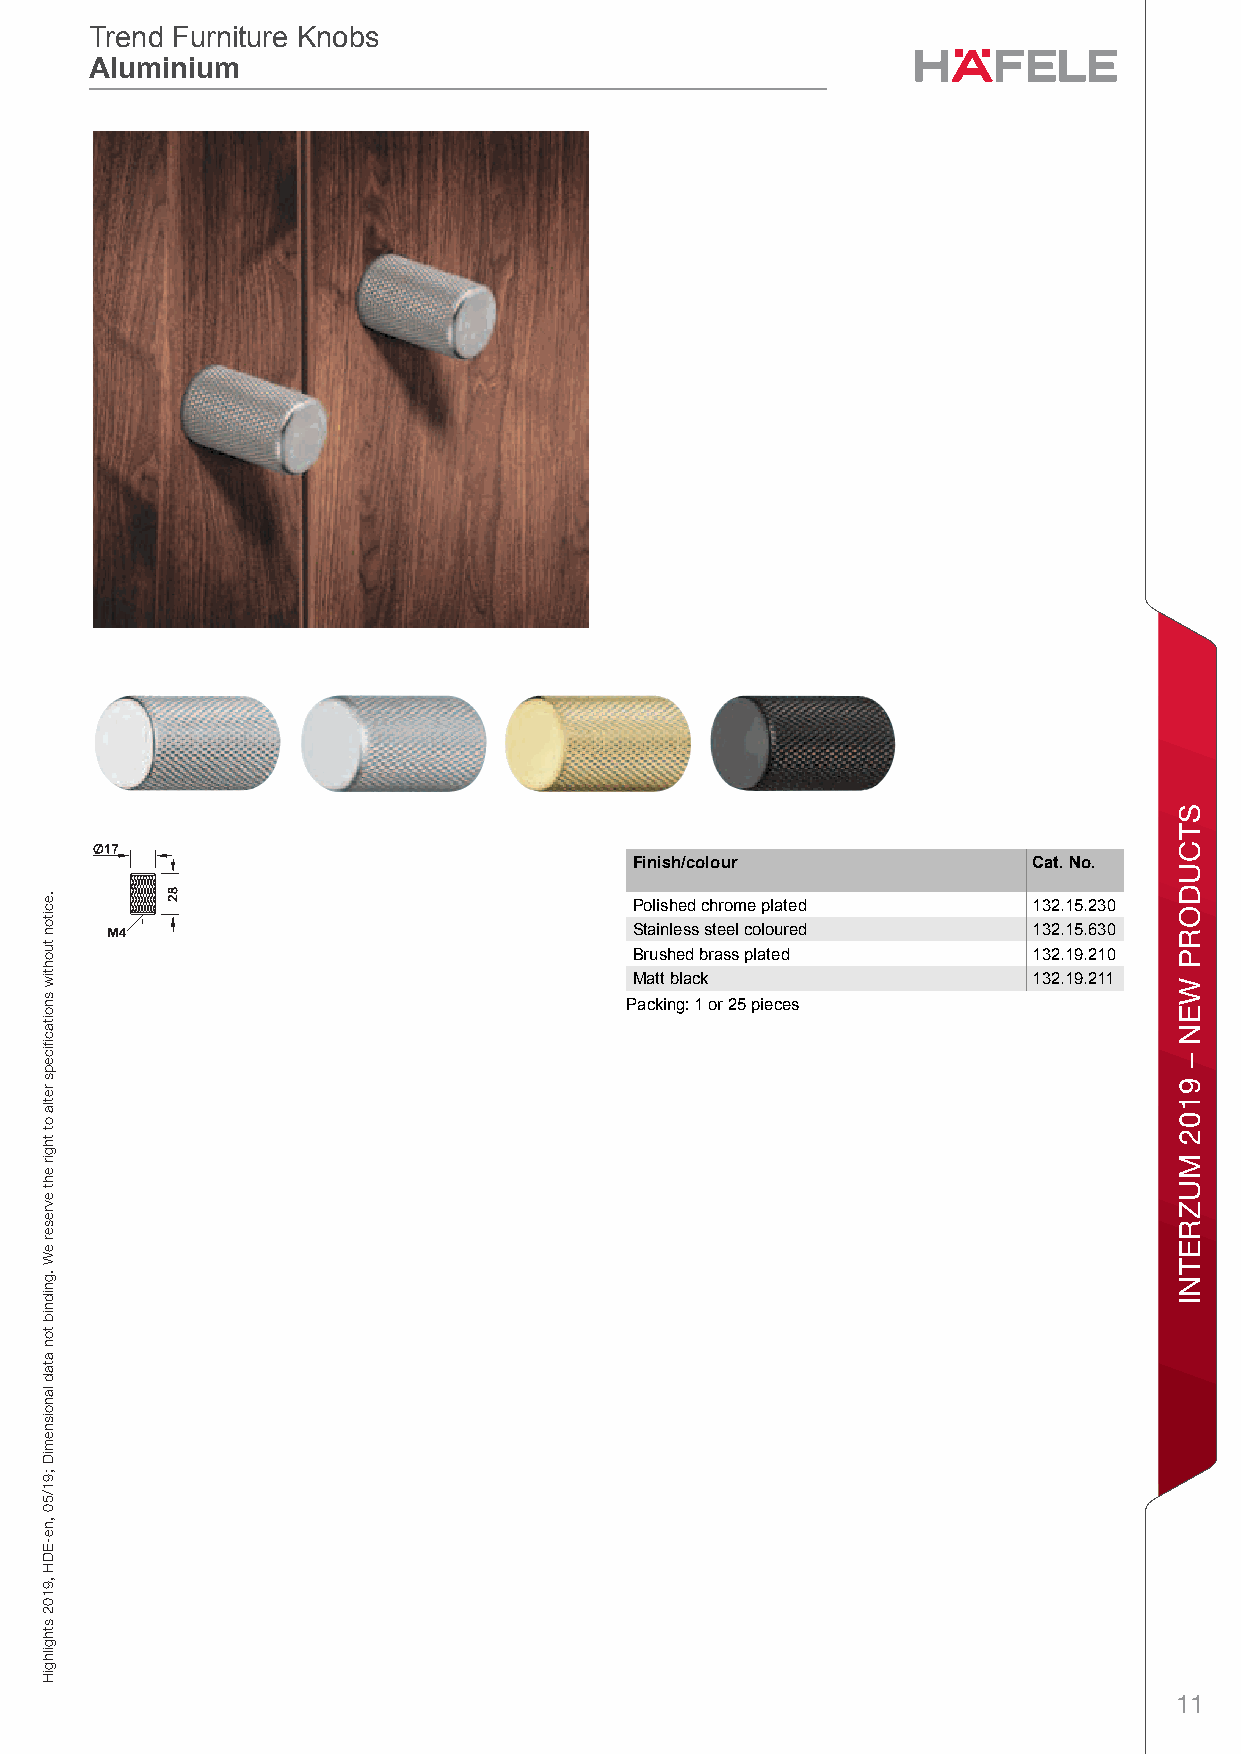
Trend Furniture Knobs
 Trend Furniture Knobs
 Aluminium
 Aluminium
 Trend Furniture Knobs Trend Furniture Knobs Aluminium – / Planning and ConstructionDimensional data not binding. We reserve the right to alter specifications without notice.
 1
 Finish/colour             Cat. No.
 Polished chrome plated    132.15.230
 Stainless steel coloured  132.15.630
 Brushed brass plated      132.19.210
 Matt black                132.19.211
 Packing: 1 or 25 pieces
 11
 .eciton
 tuohtiw
 snoitacfiiceps
 retla
 ot
 thgir
 eht
 evreser
 eW
 .gnidnib
 ton
 atad
 lanoisnemiD
 ;91/50
 ,ne-EDH
 ,9102
 sthgilhgiH
 sbonK
 erutinruF
 dnerT
 STCUDORP
 WEN
 –
 9102
 MUZRETNI